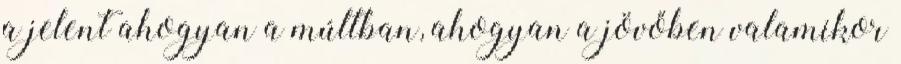
a jelent ahogyan a múltban, ahogyan a jövőben valamikor